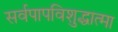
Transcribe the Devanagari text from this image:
सर्वपापविशुद्धात्मा